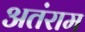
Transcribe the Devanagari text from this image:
अतंराम